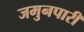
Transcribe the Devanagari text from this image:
जमुनपारी